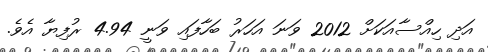
އަދި ހިއްސާއަކަށް 2012 ވަނަ އަހަރު ބަހާފައި ވަނީ 4.94 ރުފިޔާ އެވެ.